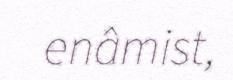
enâmist,